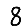
Digit: 8